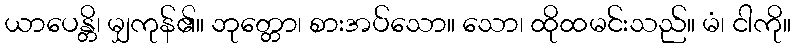
ယာပေန္တိ၊ မျှကုန်၏။ ဘုတ္တော၊ စားအပ်သော။ သော၊ ထိုထမင်းသည်။ မံ၊ ငါကို။